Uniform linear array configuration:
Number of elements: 32
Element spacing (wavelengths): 0.5
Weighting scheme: blackman
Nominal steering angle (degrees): -15
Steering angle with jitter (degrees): -14.405
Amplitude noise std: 0.05
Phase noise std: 0.05

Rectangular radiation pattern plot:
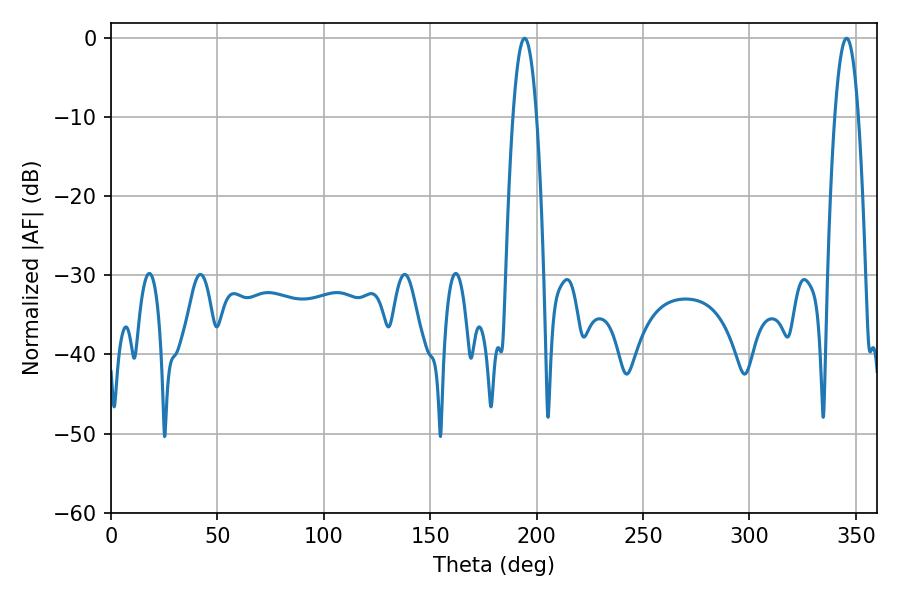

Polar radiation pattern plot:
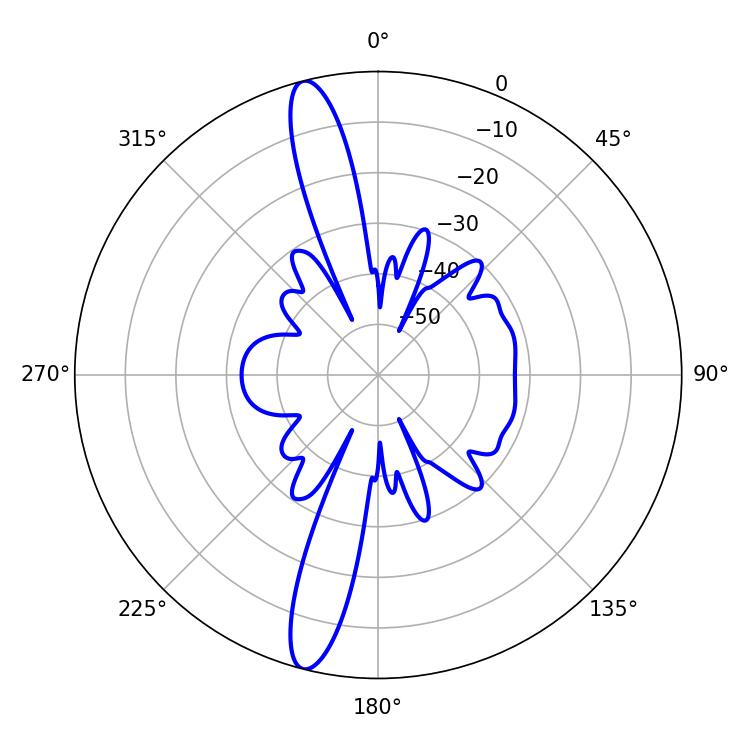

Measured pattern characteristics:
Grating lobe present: FALSE
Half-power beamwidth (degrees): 6.12
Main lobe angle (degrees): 345.6